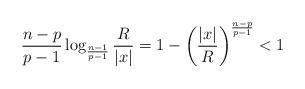
LaTeX: \begin{align*} \frac{n-p}{p-1} \log_{{\frac{n-1}{p-1}}}\frac{R}{|x|} = 1-\left(\frac{|x|}{R}\right)^{\frac{n-p}{p-1}} < 1\end{align*}